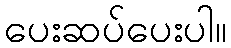
ပေးဆပ်ပေးပါ။